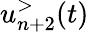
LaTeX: u_{n+2}^{>}(t)